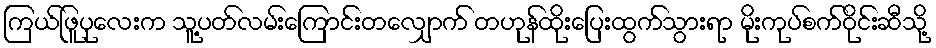
ကြယ်ဖြူပုလေးက သူ့ပတ်လမ်းကြောင်းတလျှောက် တဟုန်ထိုးပြေးထွက်သွားရာ မိုးကုပ်စက်ဝိုင်းဆီသို့